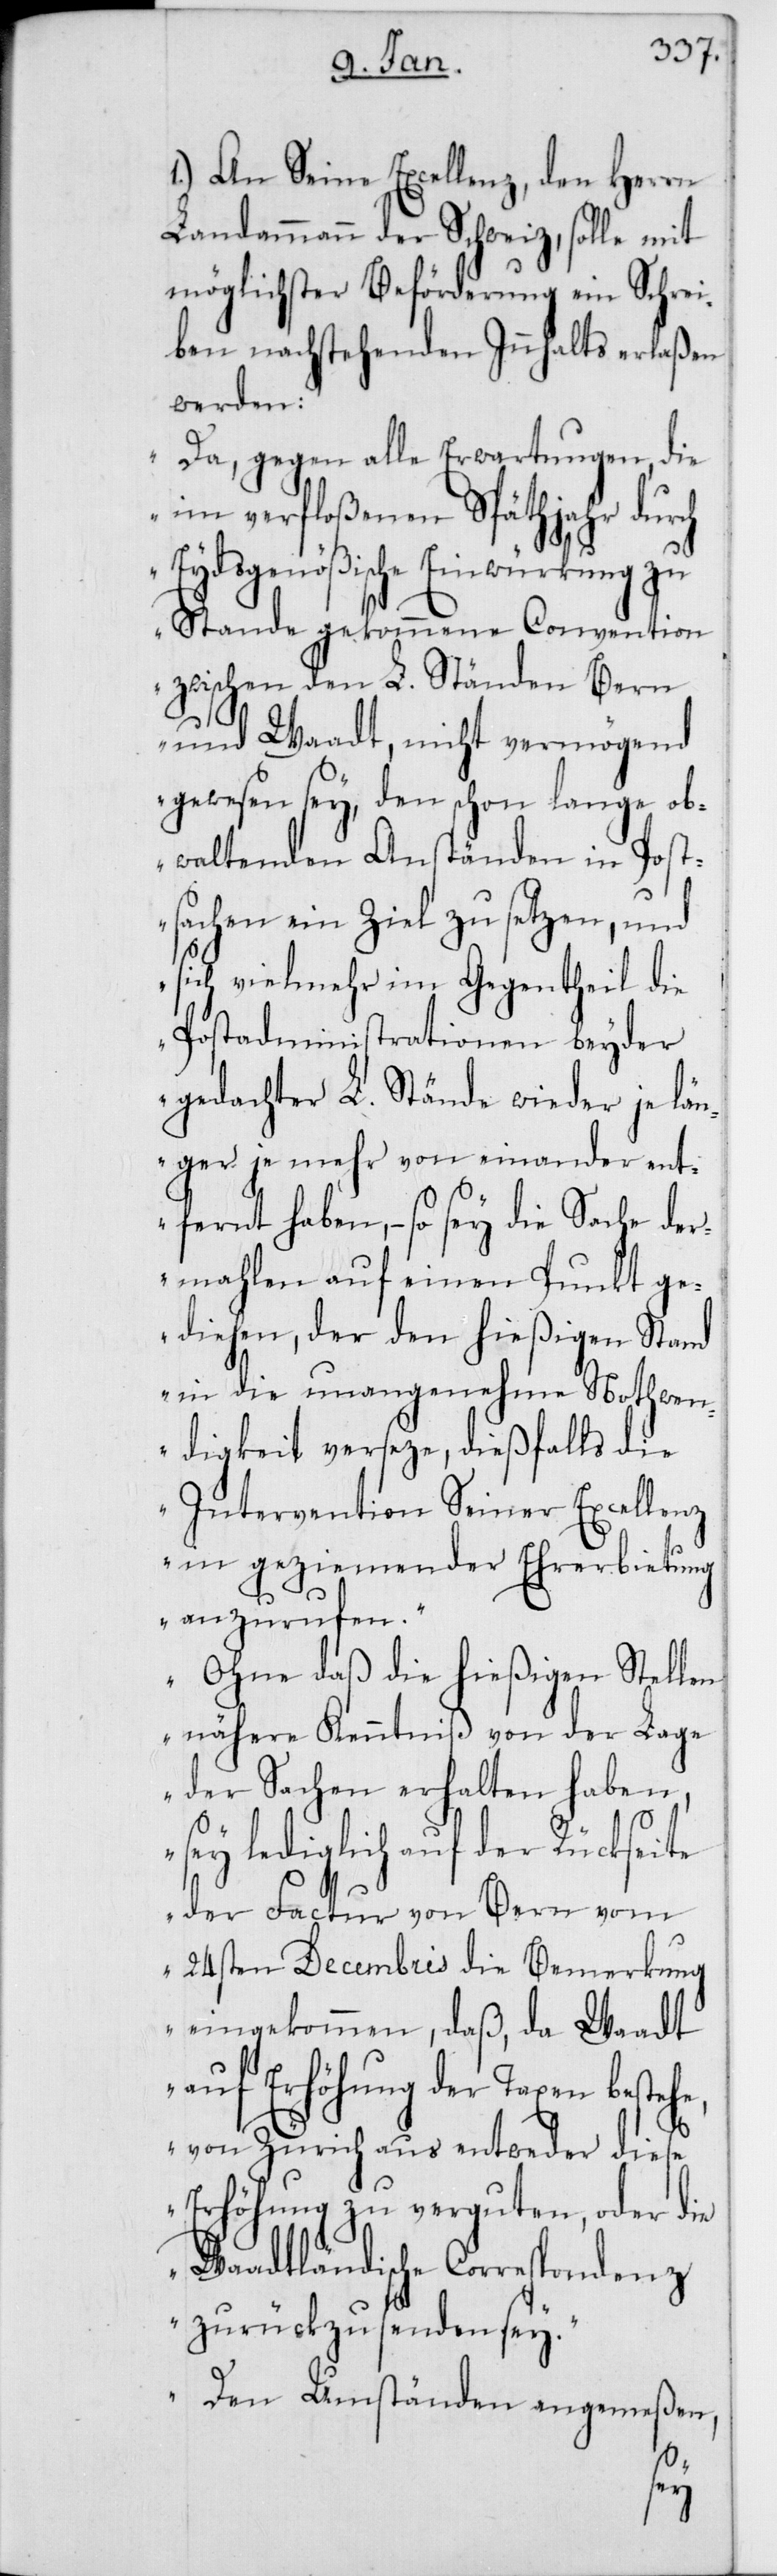
1.) An Seine Excellenz, den Herrn
Landammann der Schweiz, solle mit
möglichster Beförderung ein Schrei¬
ben nachstehenden Innhalts erlaßen
werden:
„Da, gegen alle Erwartungen, die
im verfloßenen Späthjahr durch
Eydsgenößische Einwürkung zu
Stande gekommene Convention
zwischen den L. Ständen Bern
und Waadt, nicht vermögend
gewesen sey, den schon lange ob¬
waltenden Anständen in Post¬
sachen ein Ziel zu setzen, und
sich vielmehr im Gegentheil die
Postadministrationen beyder
gedachter L. Stände wieder je län¬
ger je mehr von einander ent¬
fernt haben, – so sey die Sache der¬
mahlen auf einen Punkt ge¬
diehen, der den hießigen Stand
in die unangenehme Nothwen¬
digkeit verseze, dießfalls die
Intervention Seiner Excellenz
in geziemender Ehrerbietung
anzurufen.“
„Ohne daß die hießigen Stellen
nähere Kenntniß von der Lage
der Sachen erhalten haben,
sey lediglich auf der Rückseite
der Factur von Bern vom
24sten Decembris die Bemerkung
eingekommen, daß, da Waadt
auf Erhöhung der Taxen besteh¬
e, von Zürich aus entweder diese
Erhöhung zu verguten, oder die
Waadtländische Correspondenz
zurückzusenden sey.“
„Den Umständen angemeßen,